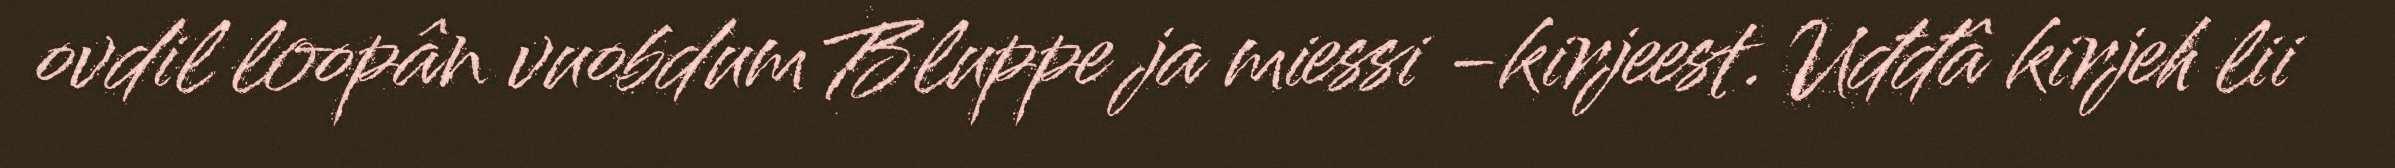
ovdil loopân vuobdum Bluppe ja miessi -kirjeest. Uđđâ kirjeh lii